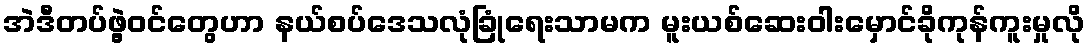
အဲဒီတပ်ဖွဲ့ဝင်တွေဟာ နယ်စပ်ဒေသလုံခြုံရေးသာမက မူးယစ်ဆေးဝါးမှောင်ခိုကုန်ကူးမှုလို